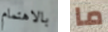
بالاهتمام ما